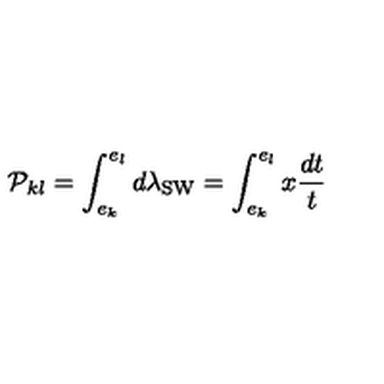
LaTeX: { \cal P } _ { k l } = \int _ { e _ { k } } ^ { e _ { l } } d \lambda _ { \mathrm { S W } } = \int _ { e _ { k } } ^ { e _ { l } } x \frac { d t } { t }